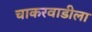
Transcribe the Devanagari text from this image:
चाकरवाडीला